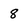
Character: 8